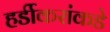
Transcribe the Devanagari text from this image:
हर्डीकरांकडे